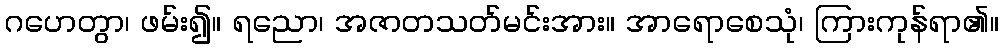
ဂဟေတွာ၊ ဖမ်း၍။ ရညော၊ အဇာတသတ်မင်းအား။ အာရောစေသုံ၊ ကြားကုန်ရာ၏။